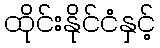
ထိုင်းနိုင်ငံနှင့်